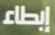
إبطاء